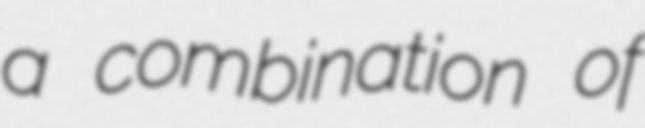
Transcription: a combination of